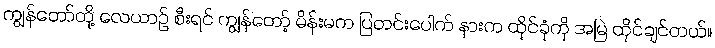
ကျွန်တော်တို့ လေယာဉ် စီးရင် ကျွန်တော့် မိန်းမက ပြတင်းပေါက် နားက ထိုင်ခုံကို အမြဲ ထိုင်ချင်တယ်။